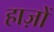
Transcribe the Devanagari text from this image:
हाज़ों